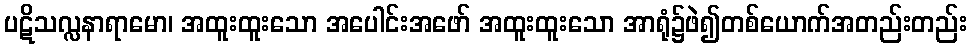
ပဋိသလ္လနာရာမော၊ အထူးထူးသော အပေါင်းအဖော် အထူးထူးသော အာရုံ၌ဖဲ၍တစ်ယောက်အတည်းတည်း